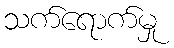
သက်ရောက်မှု